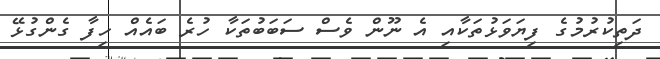
ދަތިކުރުމުގެ ފިޔަވަޅުތަކާއި އެ ނޫން ވެސް ސަބަބުތަކާ ހުރެ ބައެއް ހިފާ ގެންގުޅޭ